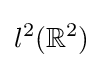
l^{2}(\mathbb {R} ^{2})